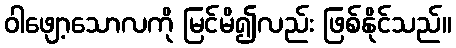
ဝါဖျော့သောလကို မြင်မိ၍လည်း ဖြစ်နိုင်သည်။